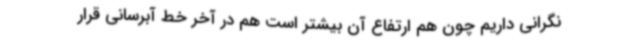
نگرانی داریم چون هم ارتفاع آن بیشتر است هم در آخر خط آبرسانی قرار